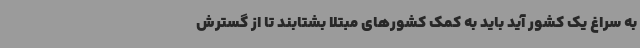
به سراغ یک کشور آید باید به کمک کشورهای مبتلا بشتابند تا از گسترش